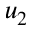
u _ { 2 }